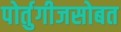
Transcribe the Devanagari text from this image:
पोर्तुगीजसोबत